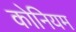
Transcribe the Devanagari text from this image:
कोनियम